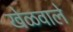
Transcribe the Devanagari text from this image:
खेळवाले